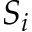
S _ { i }